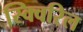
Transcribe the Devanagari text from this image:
स्क्विरिल